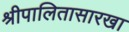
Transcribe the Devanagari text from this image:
श्रीपालितासारखा